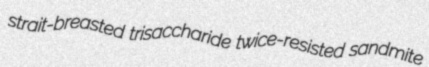
strait-breasted trisaccharide twice-resisted sandmite